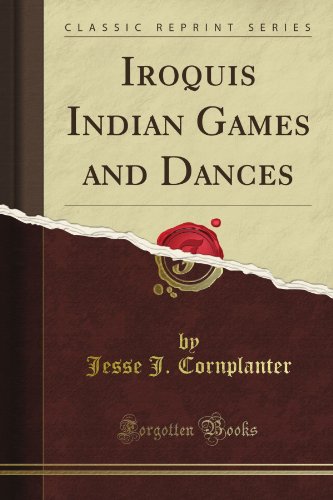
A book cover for Iroquis Indian Games and Dances (Classic Reprint); Jesse J. Cornplanter; Humor & Entertainment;